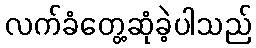
လက်ခံတွေ့ဆုံခဲ့ပါသည်